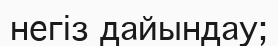
негіз дайындау;